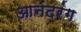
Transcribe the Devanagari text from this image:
आनंदरंग